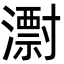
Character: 㵱